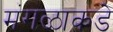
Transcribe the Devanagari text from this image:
मंगळाकडे